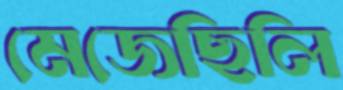
মেজেছিলি